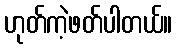
ဟုတ်ကဲ့ဖတ်ပါတယ်။